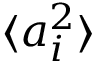
\langle a _ { i } ^ { 2 } \rangle